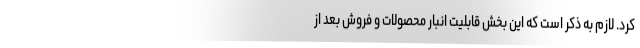
کرد. لازم به ذکر است که این بخش قابلیت انبار محصولات و فروش بعد از